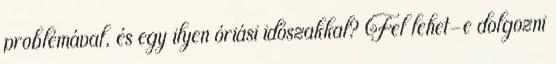
problémával, és egy ilyen óriási időszakkal? Fel lehet-e dolgozni